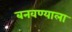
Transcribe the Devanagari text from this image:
बनवण्याला